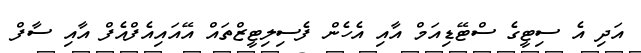
އަދި އެ ސިޓީގެ ސްޓޭޑިއަމް އާއި އެހެން ފެސިލިޓީޒްތައް އޭއައިއެފްއެފް އާއި ސާފް